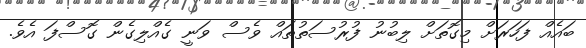
ބައެއް ފަހަރަށް މިގޮތަށް ލިބުނު ފުރުސަތުތައް ވެސް ވަނީ ގެއްލިގެން ގޮސްފަ އެވެ.